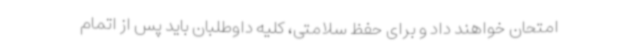
امتحان خواهند داد و برای حفظ سلامتی، کلیه داوطلبان باید پس از اتمام